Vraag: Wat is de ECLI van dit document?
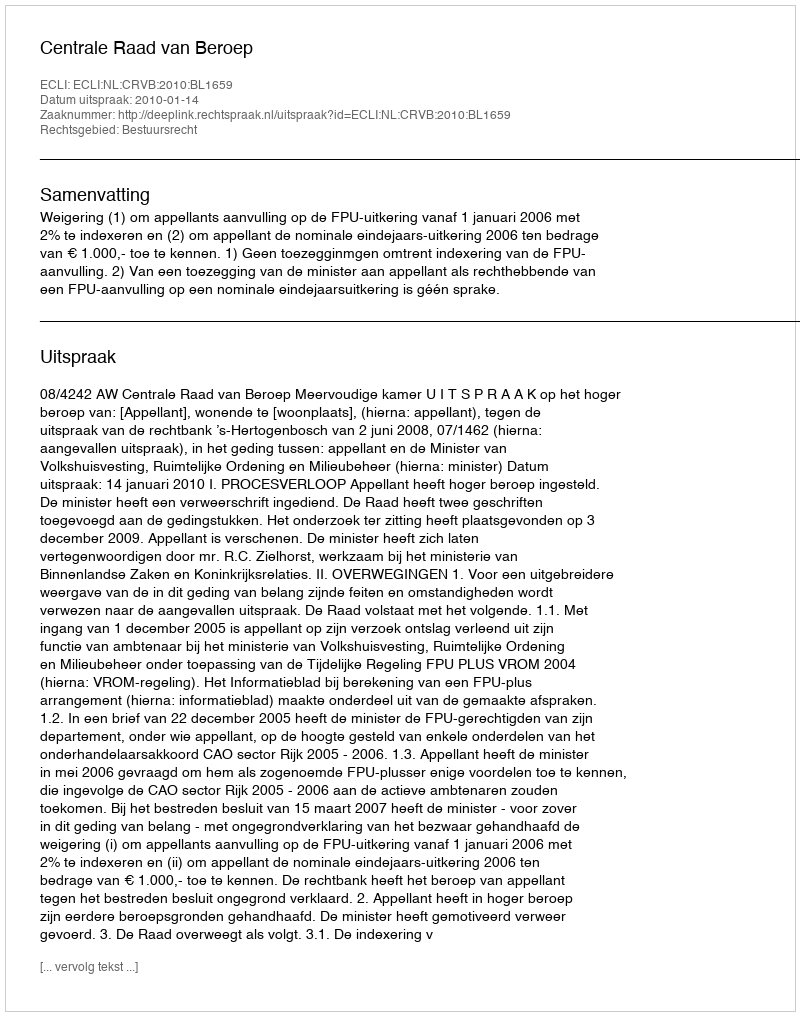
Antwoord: ECLI:NL:CRVB:2010:BL1659